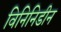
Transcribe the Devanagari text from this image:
विनिनिडीन